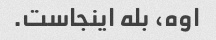
اوه، بله اینجاست.